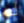
لم